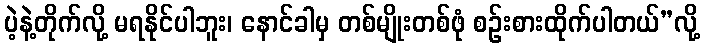
ပဲ့နဲ့တိုက်လို့ မရနိုင်ပါဘူး၊ နောင်ခါမှ တစ်မျိုးတစ်ဖုံ စဉ်းစားထိုက်ပါတယ်”လို့